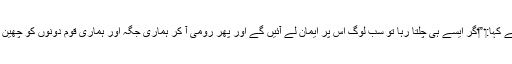
‏ اُنہوں نے کہا:‏ ”‏اگر ایسے ہی چلتا رہا تو سب لوگ اُس پر ایمان لے آئیں گے اور پھر رومی آ کر ہماری جگہ اور ہماری قوم دونوں کو چھین لیں گے۔